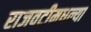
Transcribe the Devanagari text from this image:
राजवटीमधल्या